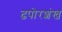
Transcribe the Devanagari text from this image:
ढपोरशंख